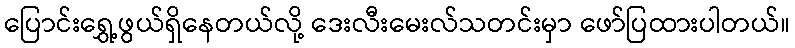
ပြောင်းရွှေ့ဖွယ်ရှိနေတယ်လို့ ဒေးလီးမေးလ်သတင်းမှာ ဖော်ပြထားပါတယ်။